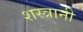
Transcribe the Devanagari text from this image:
शस्त्रानी